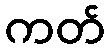
ကတ်